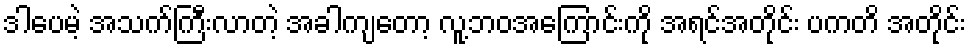
ဒါပေမဲ့ အသက်ကြီးလာတဲ့ အခါကျတော့ လူ့ဘဝအကြောင်းကို အရင်အတိုင်း ပကတိ အတိုင်း